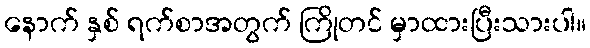
နောက် နှစ် ရက်စာအတွက် ကြိုတင် မှာထားပြီးသားပါ။